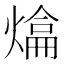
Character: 𤍼